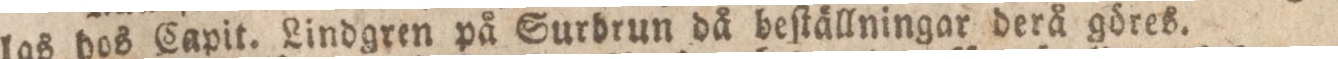
las hos Capit. Lindgren på Surdrun då beſtällningar derå göres.